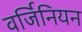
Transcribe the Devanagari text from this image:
वर्जिनियन